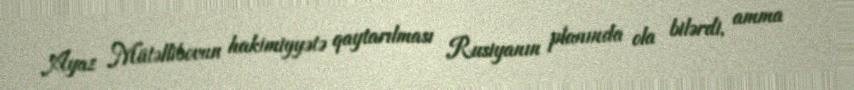
Ayaz Mütəllibovun hakimiyyətə qaytarılması Rusiyanın planında ola bilərdi, amma